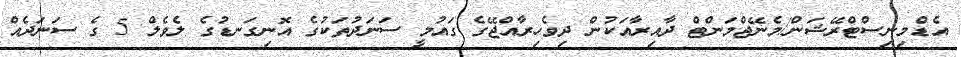
އެޑްމިނިސްޓްރޭޝަން/މެނޭޖްމަންޓް ދާއިރާއަކުން ދިވެހިރާއްޖޭގެ ގައުމީ ސަނަދުތަކުގެ އޮނިގަނޑުގެ ލެވެލް 5 ގެ ސަނަދެއް